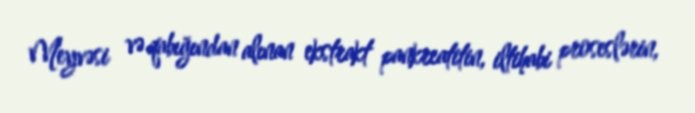
Meyvəsi və qabığından alınan ekstrakt pankreatitin, iltihabi proseslərin,